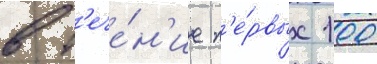
в т'ече́н'ие п'е́рвых 100